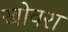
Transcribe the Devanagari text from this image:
खोवरा